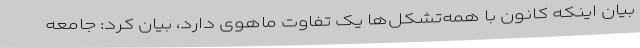
بیان اینکه کانون با همه‌تشکل‌ها یک تفاوت ماهوی دارد، بیان کرد: جامعه‌